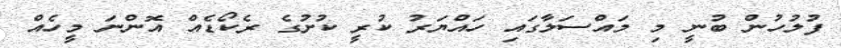
ފުލުހުން ބުނީ މި މައްސަލާގައި ހައްޔަރު ކުރީ ކުށުގެ ރެކޯޑެއް އޮންނަ މީހެއް